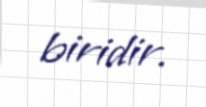
biridir.